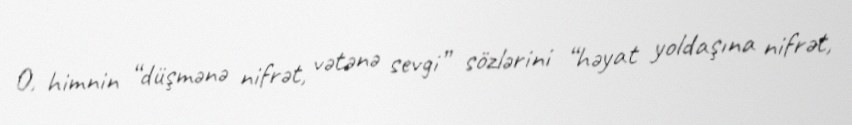
O, himnin “düşmənə nifrət, vətənə sevgi” sözlərini “həyat yoldaşına nifrət,